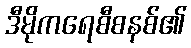
ဒီမိုကရေစီစနစ်၏